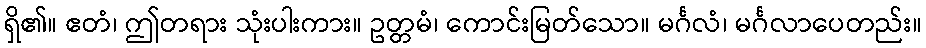
ရှိ၏။ ဧတံ၊ ဤတရား သုံးပါးကား။ ဥတ္တမံ၊ ကောင်းမြတ်သော။ မင်္ဂလံ၊ မင်္ဂလာပေတည်း။